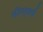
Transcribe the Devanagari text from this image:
फील्ड्वर्क